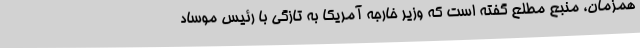
همزمان، منبع مطلع گفته است که وزیر خارجه آمریکا به تازگی با رئیس موساد